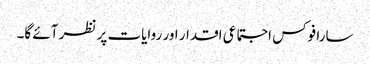
سارا فوکس اجتماعی اقدار اور روایات پر نظر آئے گا۔